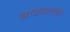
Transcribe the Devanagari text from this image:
बास्थली